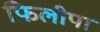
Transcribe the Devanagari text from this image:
फिलीपा